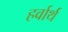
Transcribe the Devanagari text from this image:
हर्वार्थ